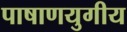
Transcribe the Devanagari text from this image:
पाषाणयुगीय